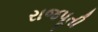
રાજપૂતી